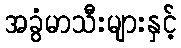
အခွံမာသီးများနှင့်